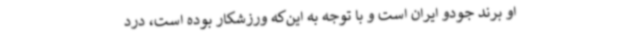
او برند جودو ایران است و با توجه به این‌که ورزشکار بوده است، درد